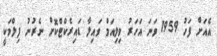
އެއަށް ފަހު 1959 ވަނަ އަހަރު ވިލިއަމް ވައިލާ ޑައިރެކްޓްކޮށް ނެރުނު ފިލްމަކީ